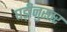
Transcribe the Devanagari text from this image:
घड़ीनुसार